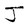
Character: J